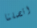
اتصلنا